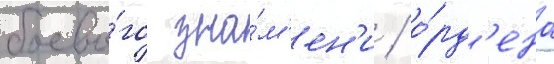
боево́го зна́м'ен'и / о́рд'ена